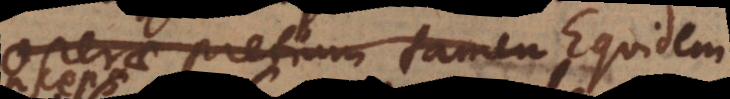
operae pretium tamen, qui